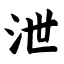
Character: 泄